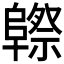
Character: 𱀮